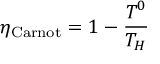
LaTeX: \eta _ { \mathrm { C a r n o t } } = 1 - { \frac { T ^ { 0 } } { T _ { H } } }